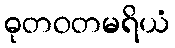
ဓုတဝတမရိယံ